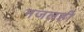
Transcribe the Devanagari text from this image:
मजलही